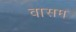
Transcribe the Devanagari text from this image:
वासम